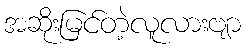
အဆိုးမြင်တဲ့လူလားဗျာ